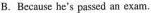
B.Because he's passed an exam,